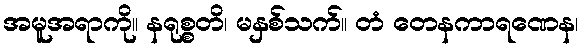
အမူအရာကို။ နရုစ္စတိ၊ မနှစ်သက်။ တံ တေနကာရဏေန၊